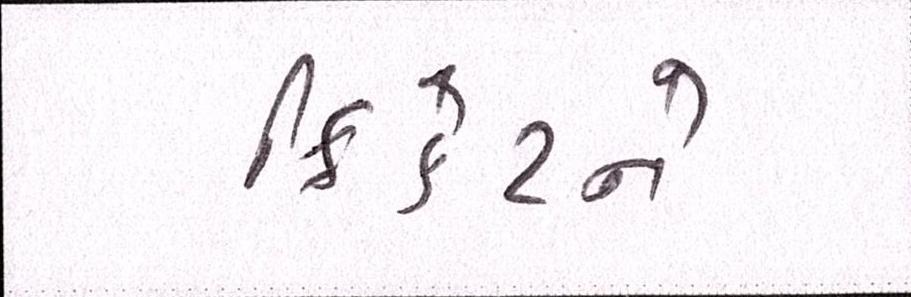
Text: ક્રિકેટને